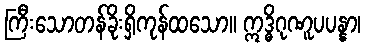
ကြီးသောတန်ခိုးရှိကုန်ထသော။ ဣဒ္ဓိဂုဏူပပန္နာ၊